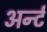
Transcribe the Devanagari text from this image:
अर्न्ट